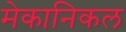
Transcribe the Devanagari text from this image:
मेकानिकल